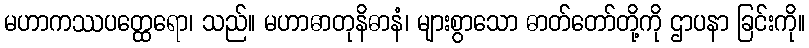
မဟာကဿပတ္ထေရော၊ သည်။ မဟာဓာတုနိဓာနံ၊ များစွာသော ဓာတ်တော်တို့ကို ဌာပနာ ခြင်းကို။